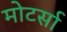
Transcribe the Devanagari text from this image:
मोटर्सा